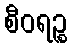
စီဝရဉ္စ